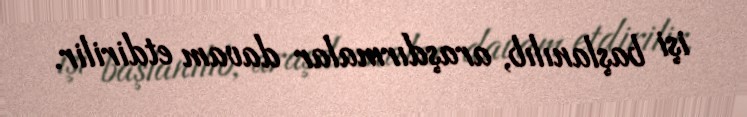
işi başlanılıb, araşdırmalar davam etdirilir.